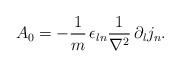
LaTeX: \begin{align*}A_0 = -\frac{1}{m}\,\epsilon_{ln}\frac{1}{\nabla^2}\,\partial_lj_n.\end{align*}